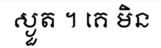
ស្ងួត ។ គេ មិន